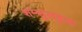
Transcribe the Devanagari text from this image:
शम्सुलहुडा